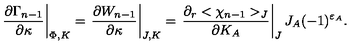
\left. { \frac { \partial \Gamma _ { n - 1 } } { \partial \kappa } } \right| _ { \Phi , K } = \left. { \frac { \partial W _ { n - 1 } } { \partial \kappa } } \right| _ { J , K } = \left. { \frac { \partial _ { r } < \chi _ { n - 1 } > _ { J } } { \partial K _ { A } } } \right| _ { J } J _ { A } ( - 1 ) ^ { \varepsilon _ { A } } .